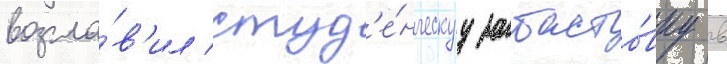
возгла́в'ил студ'е́нческуу забасто́вку в